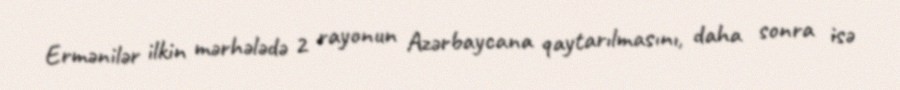
Ermənilər ilkin mərhələdə 2 rayonun Azərbaycana qaytarılmasını, daha sonra isə